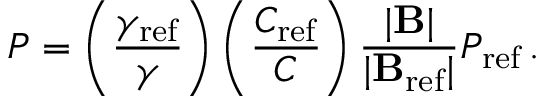
P = \left( \frac { \gamma _ { \mathrm { r e f } } } { \gamma } \right) \left( \frac { C _ { \mathrm { r e f } } } { C } \right) \frac { | \mathbf { B } | } { | \mathbf { B } _ { \mathrm { r e f } } | } P _ { \mathrm { r e f } } \, .